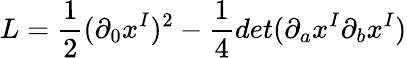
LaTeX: L=\frac{1}{2}(\partial_{0}x^{I})^{2}-\frac{1}{4}det(\partial_{a}x^{I}\partial_{b}x^{I})